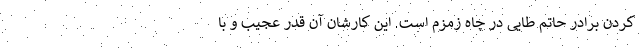
کردن برادر حاتم طایی در چاه زمزم است. این کارشان آن قدر عجیب و با